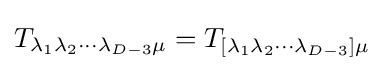
T_{\lambda _{1}\lambda _{2}\cdots \lambda _{D-3}\mu }=T_{[\lambda _{1}\lambda _{2}\cdots \lambda _{D-3}]\mu }